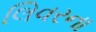
લિવરના